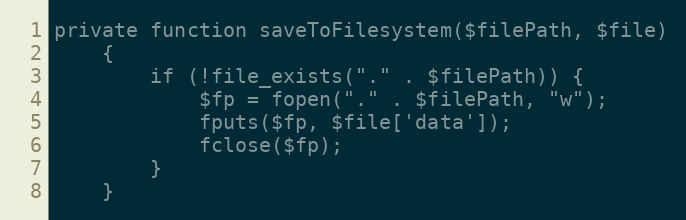
Language: PHP
private function saveToFilesystem($filePath, $file)
    {
        if (!file_exists("." . $filePath)) {
            $fp = fopen("." . $filePath, "w");
            fputs($fp, $file['data']);
            fclose($fp);
        }
    }